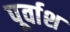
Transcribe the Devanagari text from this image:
पूर्वाश